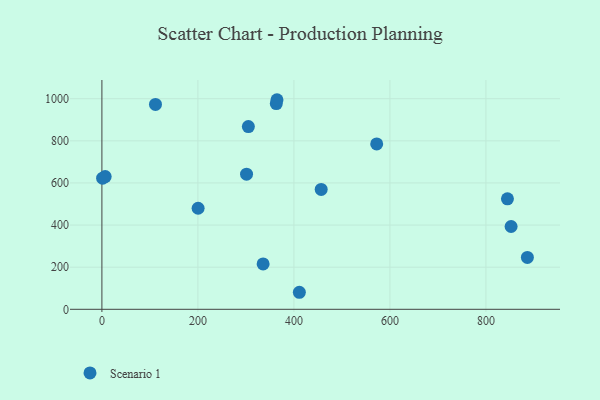
{"axis": {"x": "Experience", "y": "Salary"}, "legend": ["Scenario 1"], "data": [{"x": "363.3", "y": 976.7, "type": "Scenario 1"}, {"x": "886.3", "y": 246.6, "type": "Scenario 1"}, {"x": "200.4", "y": 479.9, "type": "Scenario 1"}, {"x": "111.6", "y": 973.0, "type": "Scenario 1"}, {"x": "852.4", "y": 393.3, "type": "Scenario 1"}, {"x": "301.3", "y": 641.7, "type": "Scenario 1"}, {"x": "456.8", "y": 569.3, "type": "Scenario 1"}, {"x": "305.1", "y": 867.7, "type": "Scenario 1"}, {"x": "411.3", "y": 80.9, "type": "Scenario 1"}, {"x": "335.8", "y": 215.6, "type": "Scenario 1"}, {"x": "6.8", "y": 630.2, "type": "Scenario 1"}, {"x": "572.4", "y": 785.4, "type": "Scenario 1"}, {"x": "364.7", "y": 995.2, "type": "Scenario 1"}, {"x": "1.5", "y": 622.7, "type": "Scenario 1"}, {"x": "844.8", "y": 524.7, "type": "Scenario 1"}]}